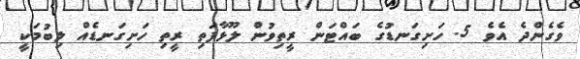
ވެގެންދެ އެވެ 5. ހަށިގަނޑުގެ ބައްޓަން ރީތިވުން ލޫޅާފަތި ރީތި ހަށިގަނޑެއް ލިބުމަކީ